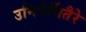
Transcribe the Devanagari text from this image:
उनिवेर्सितैरे